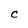
Character: C